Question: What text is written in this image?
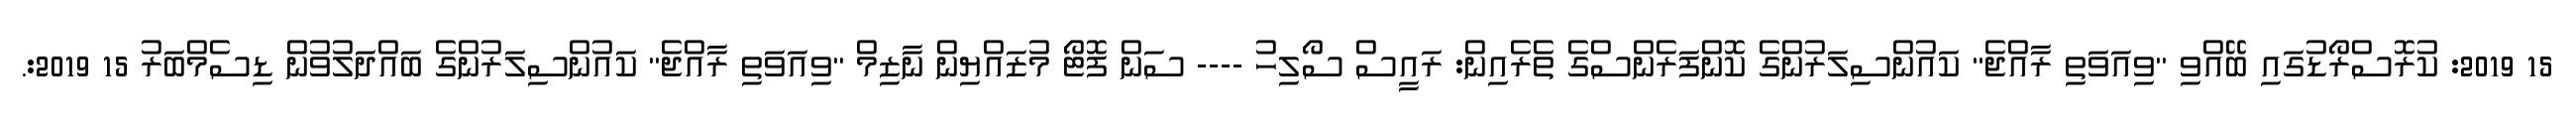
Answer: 15 2019: ކުރޮސްރޯޑުގައި ބޭއްވި "ވިއަވަތި ރާއްޖެ" ކައުންސިލަރުންގެ ކޮންފަރެންސްގެ ތެރެއިން: ރައީސް ސޯލިހު ---- ސަން ފޮޓޯ މުޒައްޔިން ނާޒިމް "ވިއަވަތި ރާއްޖެ" ކައުންސިލަރުންގެ ބައްދަލުވުން ޑިސެމްބަރު 15 2019:.